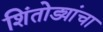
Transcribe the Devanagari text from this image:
शिंतोड्यांचा